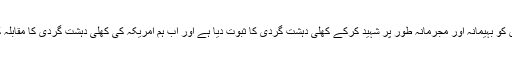
انھوں نے کہا کہ امریکہ نے دہشت گردوں کے خلاف لڑنے والے اہم شخص کو بہیمانہ اور مجرمانہ طور پر شہید کرکے کھلی دہشت گردی کا ثبوت دیا ہے اور اب ہم امریکہ کی کھلی دہشت گردی کا مقابلہ کرنے اور ایرانی عوام کے حقوق کا بھر پور دفاع کرنے کے لئے آمادہ ہیں۔